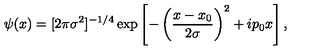
\psi ( x ) = [ 2 \pi \sigma ^ { 2 } ] ^ { - 1 / 4 } \exp \left[ - \left( \frac { x - x _ { 0 } } { 2 \sigma } \right) ^ { 2 } + i p _ { 0 } x \right] ,